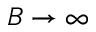
B \to \infty